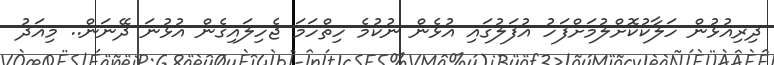
ދިރިއުޅުން ހަލާކުކޮށްލުމަށްފަހު އުފަލުގައި އުޅެން ނުކުމެ ހިތްހަމަ ޖެހިލައިގެން އުޅުނަ ދޭނަން.. މިއަދު